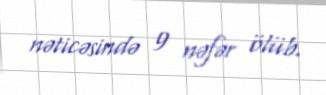
nəticəsində 9 nəfər ölüb.